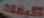
كيفك